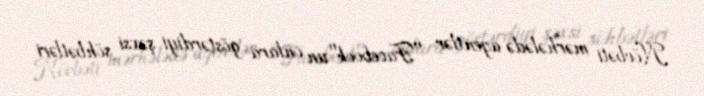
Növbəti mərhələdə agentlər "Facebook"un onlara göstərdiyi şəxsi söhbətləri